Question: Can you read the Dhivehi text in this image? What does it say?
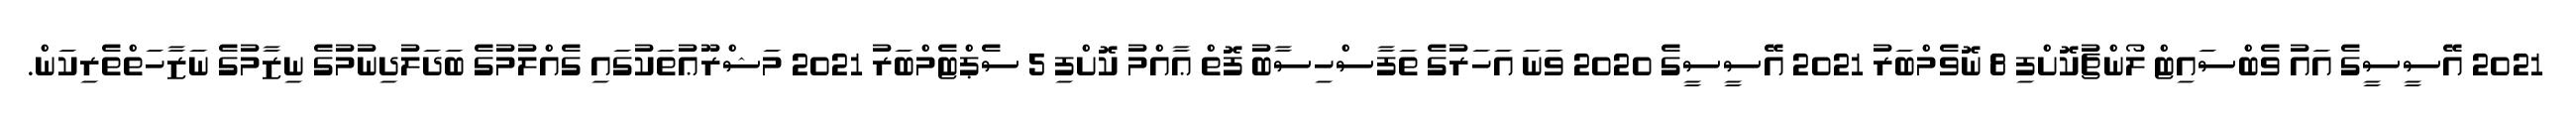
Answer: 2021 އޭސީސީގެ އައު ވެބްސައިޓް ލޯންޗުކޮށްފި 8 ނޮވެމްބަރު 2021 އޭސީސީގެ 2020 ވަނަ އަހަރުގެ ތަފާސްހިސާބު ފޮތް ޢާއްމު ކޮށްފި 5 ސެޕްޓެމްބަރު 2021 މަޝްރޫޢުތަކުގައި ގެއްލުމުގެ ބަދަލުދިނުމުގެ ނިޒާމުގެ ނަޒާހަތްތެރިކަން.